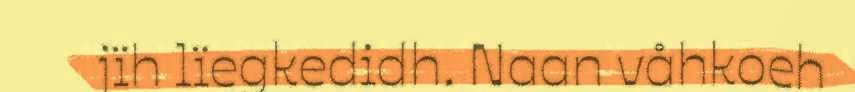
jïh lïegkedidh. Naan våhkoeh